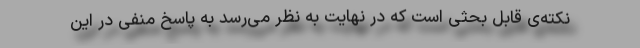
نکته‌ی قابل بحثی است که در نهایت به نظر می‌رسد به پاسخ منفی در این